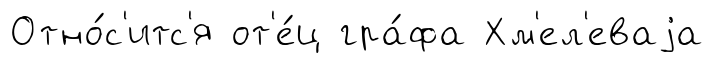
Отно́с'итс'я от'е́ц гра́фа Хм'ел'еваjа